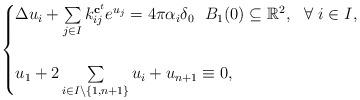
LaTeX: \begin{align*}\begin{cases}\Delta u_i+\sum\limits_{j\in I}k_{ij}^{\mathbf{c}^t}e^{u_j}=4\pi\alpha_i\delta_0 \ \ B_1(0)\subseteq\mathbb{R}^2, \ \ \forall \ i\in I,\\\\u_1+2\sum\limits_{i\in I\setminus\{1,n+1\}}u_i+u_{n+1}\equiv0,\end{cases}\end{align*}